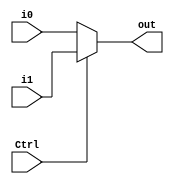
`timescale 1ns/1ps
module MUX5 (
    input Ctrl,
    input [4:0] i0,
    input [4:0] i1,
    output [4:0] out
);
    assign out = (Ctrl == 0) ? i0 : i1;

endmodule